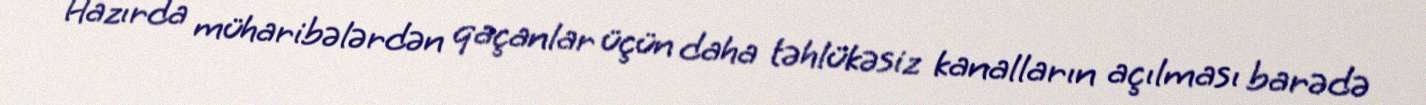
Hazırda müharibələrdən qaçanlar üçün daha təhlükəsiz kanalların açılması barədə